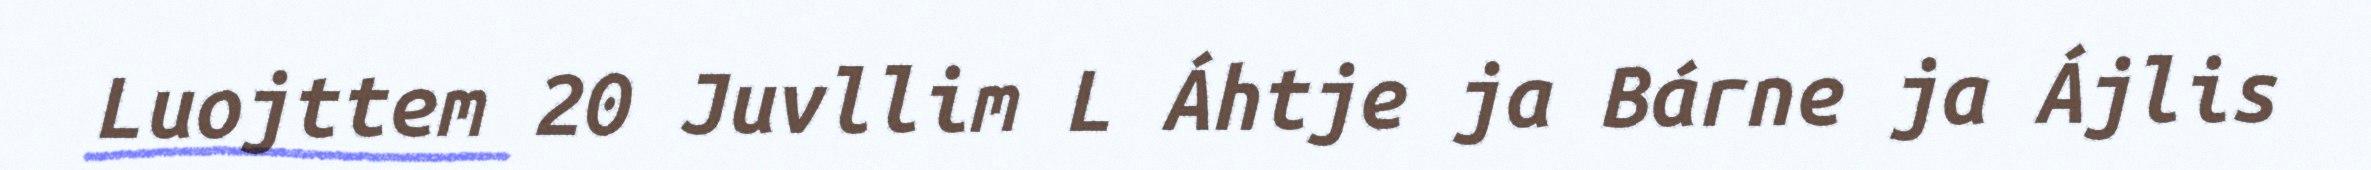
Luojttem 20 Juvllim L Áhtje ja Bárne ja Ájlis